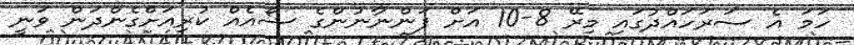
ހަމަ އެ ސަރަހައްދުގައި މިރޭ 8-10 އަށް ފަންނާނުންގެ ޝޯއެއް ކުރިއަށްގެންދަން ވަނީ